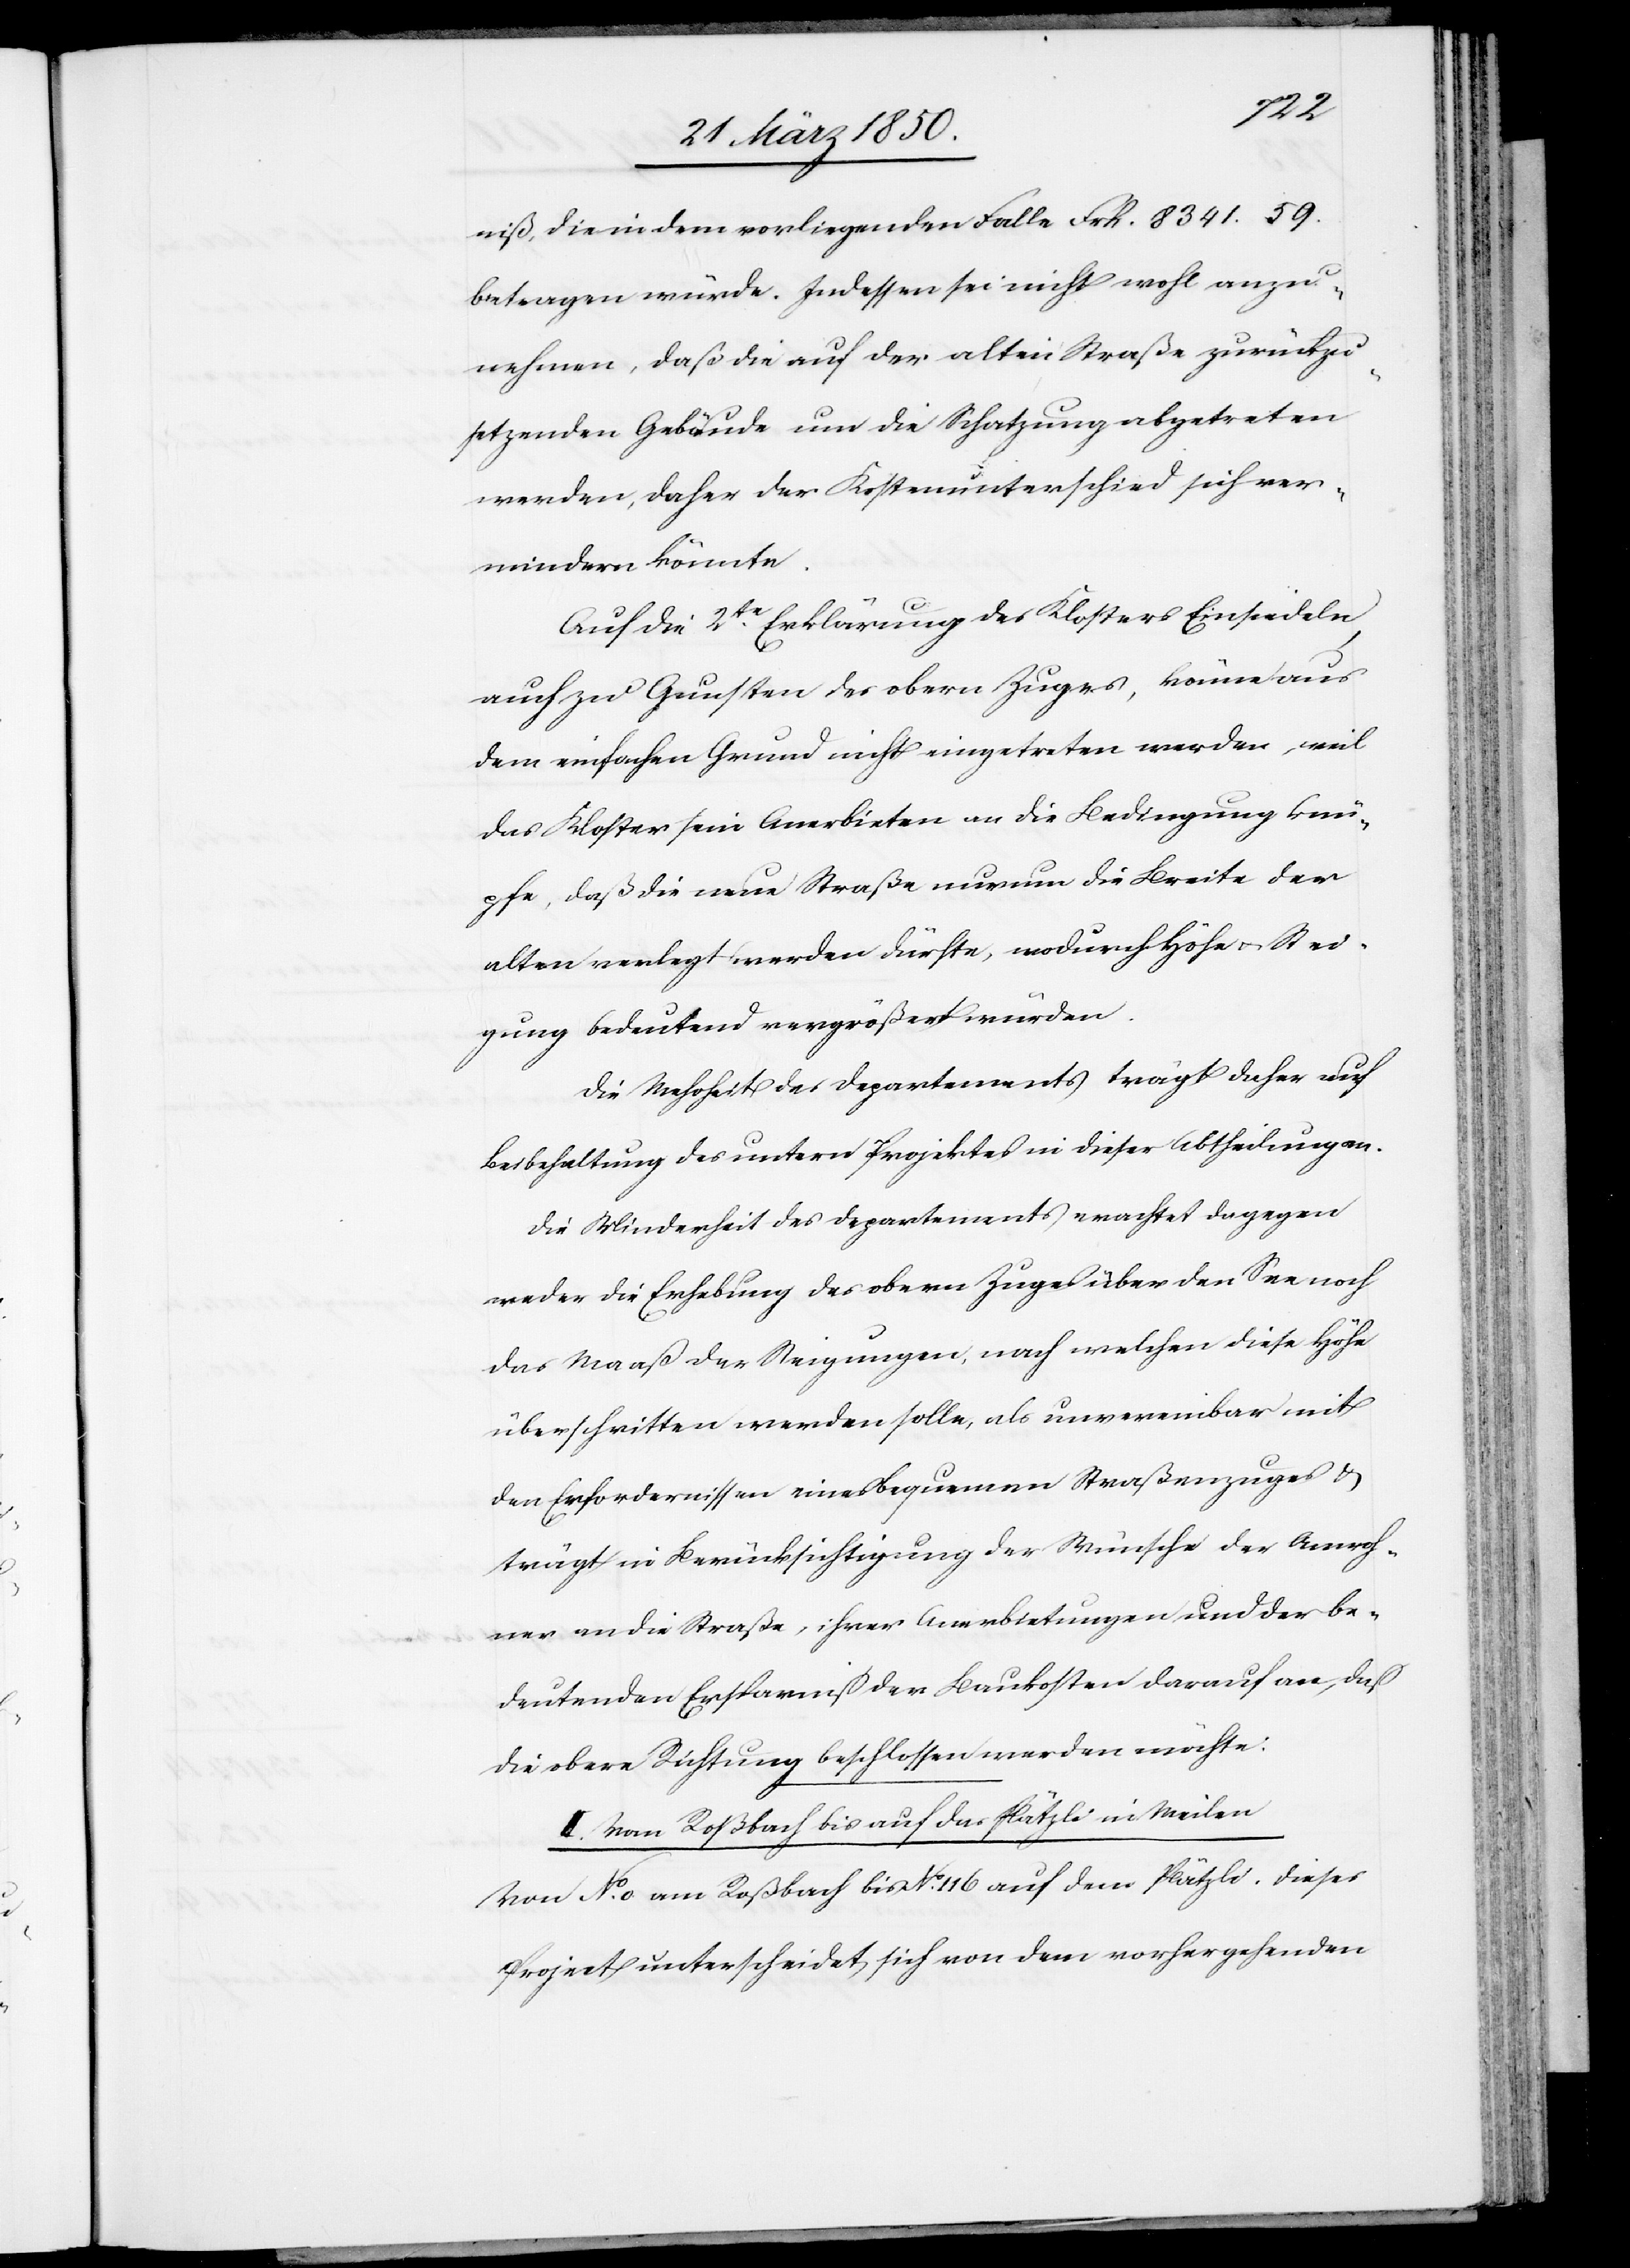
niß, die in dem vorliegenden Falle Frk. 8341. 59.
betragen würde. Indessen sei nicht wohl anzu¬
nehmen, daß die auf der alten Straße zurückzu¬
setzenden Gebäude um die Schatzung abgetreten
werden, daher der Kostenunterschied sich ver¬
mindern könnte.
Auf die 2te Erklärung des Klosters Einsiedeln,
auch zu Gunsten des obern Zuges, könne aus
dem einfachen Grund nicht eingetreten werden, weil
das Kloster sein Anerbieten an die Bedingung knü¬
pfe, daß die neue Straße nur um die Breite der
alten verlegt werden dürfte, wodurch Höhe u. Stei¬
gung bedeutend vergrößert würden.
Die Mehrheit des Departements trägt daher auf
Beibehaltung des untern Projektes in dieser Abtheilung an.
Die Minderheit des Departements erachtet dagegen
weder die Erhebung des obern Zuges über den See noch
das Maaß der Steigungen, nach welchen diese Höhe
überschritten werden solle, als unvereinbar mit
den Erfordernissen eines bequemen Straßenzuges u.
trägt in Berücksichtigung der Wünsche der Anwoh¬
ner an die Straße, ihrer Anerbietungen und der be¬
deutenden Ersparniß der Baukosten darauf an, daß
die obere Richtung beschlossen werden möchte.
II. Vom Roßbach bis auf das Plätzli in Meilen.
Von No. 0 am Roßbach bis No. 116 auf dem Plätzli. Dieses
Project unterscheidet sich von dem vorhergehenden